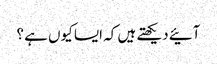
آئیے دیکھتے ہیں کہ ایسا کیوں ہے ؟